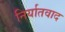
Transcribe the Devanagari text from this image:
निर्यातवाद